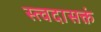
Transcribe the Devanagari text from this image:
स्त्वदासक्तं